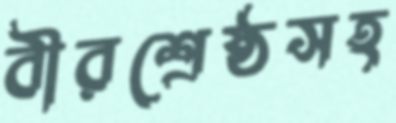
বীরশ্রেষ্ঠসহ